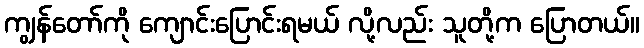
ကျွန်တော်ကို ကျောင်းပြောင်းရမယ် လို့လည်း သူတို့က ပြောတယ်။